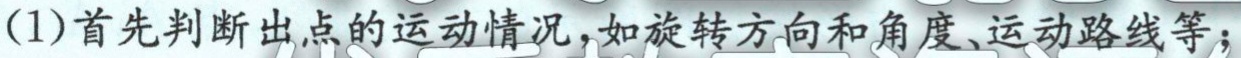
(1)首先判断出点的运动情况，如旋转方向和角度、运动路线等；